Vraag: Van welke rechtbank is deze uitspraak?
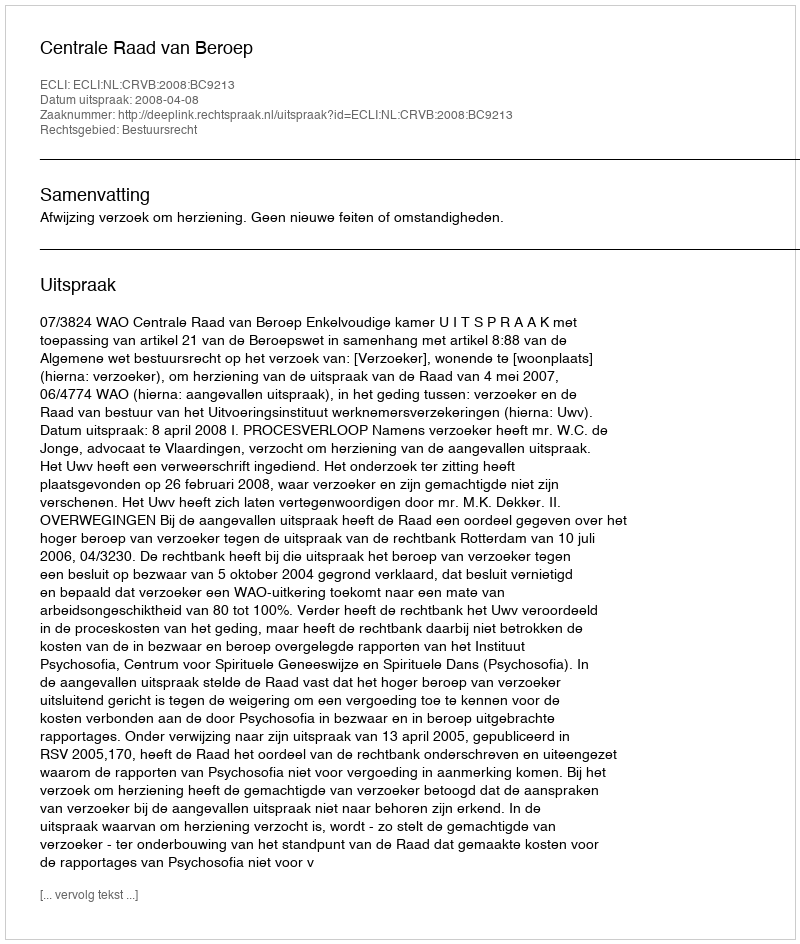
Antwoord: Centrale Raad van Beroep